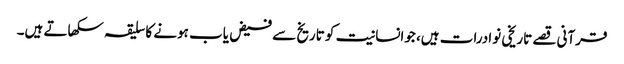
قرآنی قصے تاریخی نوادرات ہیں، جوانسانیت کو تاریخ سے فیض یاب ہونے کا سلیقہ سکھاتے ہیں۔